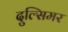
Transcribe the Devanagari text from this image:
दुल्सिमर